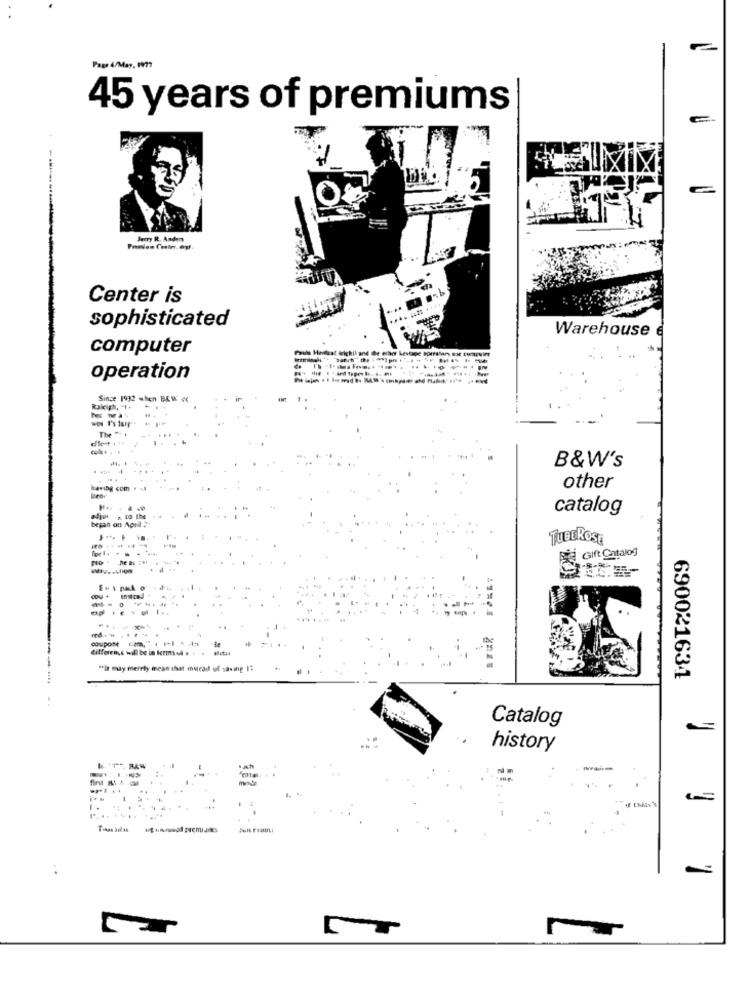
Page 4/May, 1977
45 years of premiums
Jemy R. Anden
Center is
sophisticated
Warehouse
computer
operation
Since 1932 when BEW «
Raleigh, "I .
wel l's lare-
The " +
B&W's
having com . ..
other
catalog
adju , to the
besan on Aprd :"
TUBEROSE
Gift Catalog
coupone
different will be in krmind » +
"In may merely mean that inucad of saving IT
-----
690021634
Catalog
..
history
mode
.....
.... ....